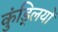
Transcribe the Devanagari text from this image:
कुंड्लियों